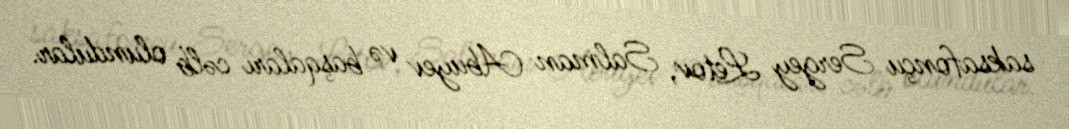
saksafonçu Sergey Letov, Salman Abuyev və başqaları cəlb olundular.